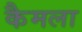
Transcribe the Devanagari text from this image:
कैमला